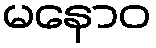
မနောဝ